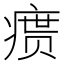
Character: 𪽴